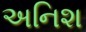
અનિશ